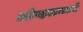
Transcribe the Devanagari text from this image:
ओव्हलमध्ये